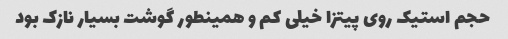
حجم استیک روی پیتزا خیلی کم و همینطور گوشت بسیار‌ نازک بود